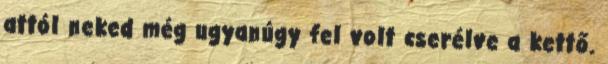
attól neked még ugyanúgy fel volt cserélve a kettő.